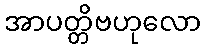
အာပတ္တိဗဟုလော